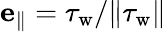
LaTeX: \mathbf{e}_{\parallel}=\mathbf{\tau}_{\mathrm{w}}/\Vert\mathbf{\tau}_{\mathrm{w}}\Vert